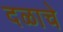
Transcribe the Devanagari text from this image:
दळाचे